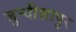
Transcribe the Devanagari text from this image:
जुन्दीशापुर